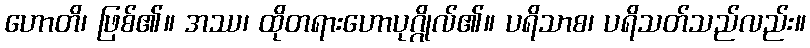
ဟောတိ၊ ဖြစ်၏။ အဿ၊ ထိုတရားဟောပုဂ္ဂိုလ်၏။ ပရိသာစ၊ ပရိသတ်သည်လည်း။